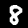
Digit: 8